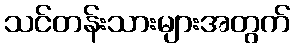
သင်တန်းသားများအတွက်